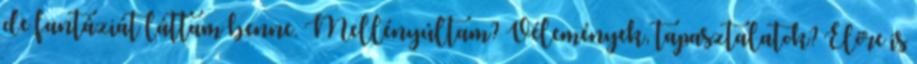
de fantáziát láttam benne. Mellényúltam? Vélemények, tapasztalatok? Előre is